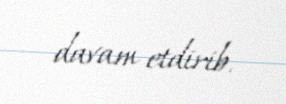
davam etdirib.